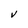
Character: v